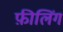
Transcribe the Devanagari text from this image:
फ़ीलिंग